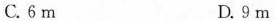
C.6m D.9m